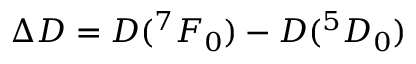
\Delta D = D ( { } ^ { 7 } F _ { 0 } ) - D ( { } ^ { 5 } D _ { 0 } )